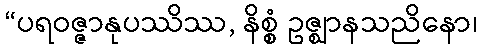
“ပရဝဇ္ဇာနုပဿိဿ, နိစ္စံ ဥဇ္ဈာနသညိနော၊